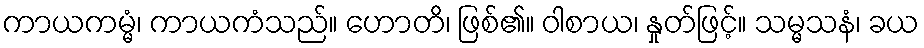
ကာယကမ္မံ၊ ကာယကံသည်။ ဟောတိ၊ ဖြစ်၏။ ဝါစာယ၊ နှုတ်ဖြင့်။ သမ္မသနံ၊ ခယ